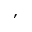
,